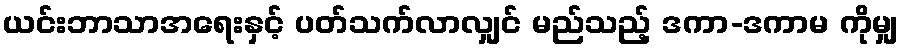
ယင်းဘာသာအရေးနှင့် ပတ်သက်လာလျှင် မည်သည့် ဒကာ-ဒကာမ ကိုမျှ